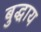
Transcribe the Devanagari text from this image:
बुद्धाय